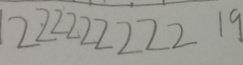
2 2 2 2 2 2 2 2 2 1 9